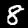
Label: 8